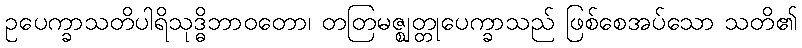
ဥပေက္ခာသတိပါရိသုဒ္ဓိဘာဝတော၊ တတြမဇ္ဈတ္တုပေက္ခာသည် ဖြစ်စေအပ်သော သတိ၏